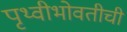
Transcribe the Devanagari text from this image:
पृथ्वीभोवतीची